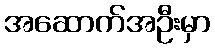
အဆောက်အဦးမှာ